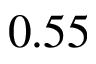
0 . 5 5